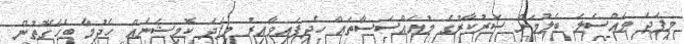
މިފަދަ މައްސަލަ ބެލުމަށް ސަރުކާރުގެ މުއައްސަސާތައް ހެދިފައިވާއިރު މިފަދަ ކޮމިޝަނެއް ހެދުމާ ބެހޭގޮތުން